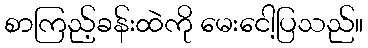
စာကြည့်ခန်းထဲကို မေးငေါ့ပြသည်။